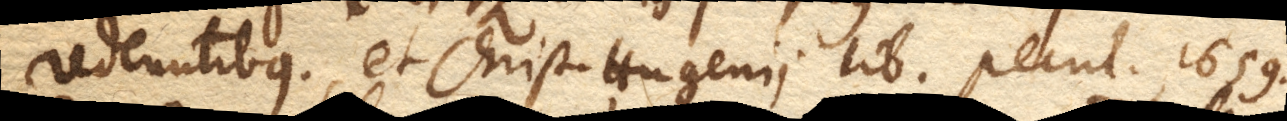
redeuntibus, et Christ. Hugenii lib. pecul. 1659.